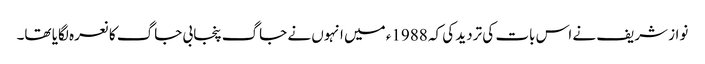
نواز شریف نے اس بات کی تردید کی کہ 1988ء میں انہوں نے جاگ پنجابی جاگ کا نعرہ لگایا تھا۔